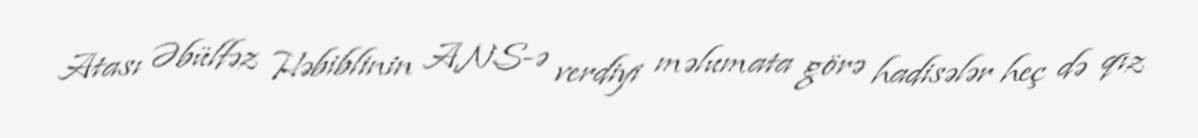
Atası Əbülfəz Həbiblinin ANS-ə verdiyi məlumata görə hadisələr heç də qız